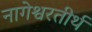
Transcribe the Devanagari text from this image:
नागेश्वरतीर्थ